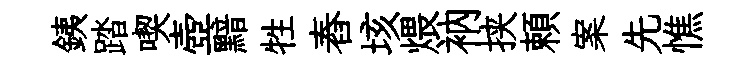
銕踏喫壺黯牲舂垓煨衲挟頼案先憔